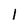
Character: 1